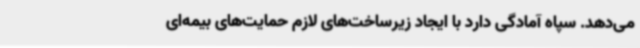
می‌دهد. سپاه آمادگی دارد با ایجاد زیرساخت‌های لازم حمایت‌های بیمه‌ای